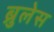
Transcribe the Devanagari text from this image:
ब्रुलेस